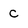
Character: c